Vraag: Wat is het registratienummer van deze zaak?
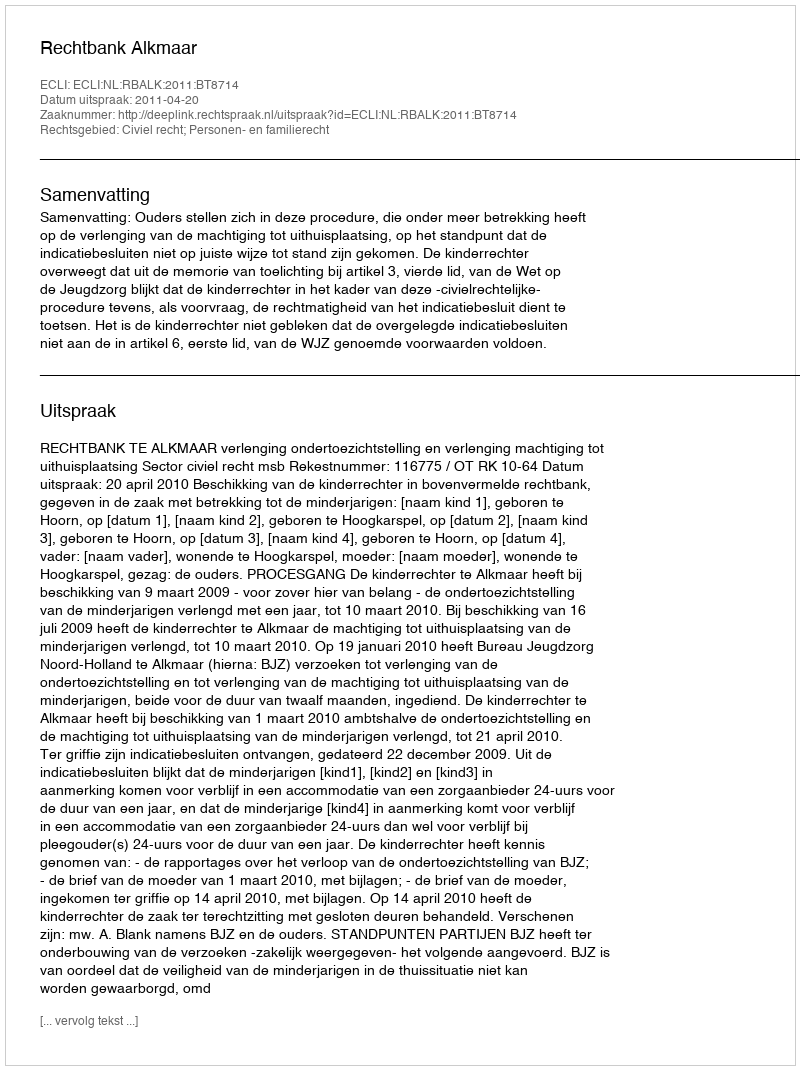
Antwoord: http://deeplink.rechtspraak.nl/uitspraak?id=ECLI:NL:RBALK:2011:BT8714